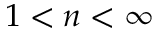
1 < n < \infty